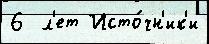
6  л'ет Исто́чн'ик'и